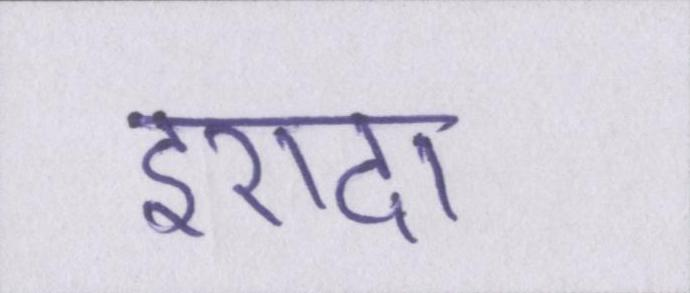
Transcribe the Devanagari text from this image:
इरादा